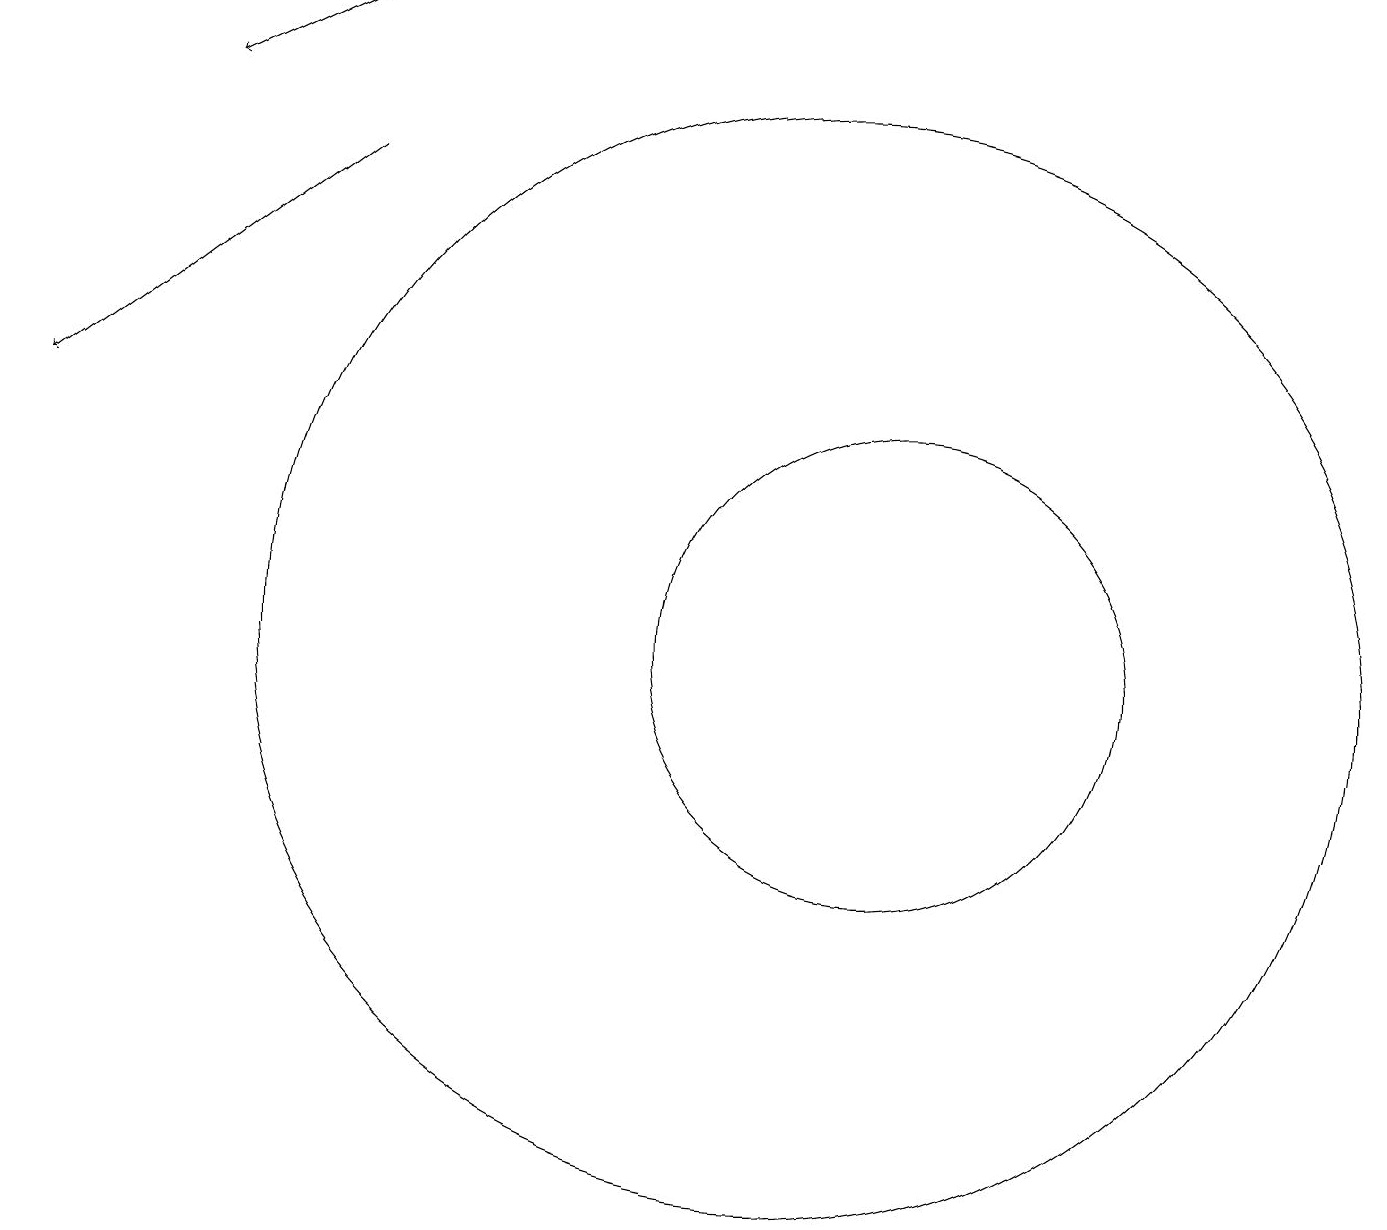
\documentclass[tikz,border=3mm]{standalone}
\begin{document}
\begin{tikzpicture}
\draw (10,11) circle (7);
\draw[->] (4,19) -- (2,18);
\draw (11,11) circle (3);
\draw[->] (4,17) -- (0,14);
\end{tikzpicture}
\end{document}